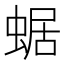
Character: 蜛